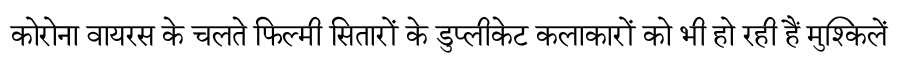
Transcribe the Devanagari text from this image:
कोरोना वायरस के चलते फिल्मी सितारों के डुप्लीकेट कलाकारों को भी हो रही हैं मुश्किलें